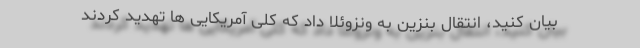
بیان کنید، انتقال بنزین به ونزوئلا داد که کلی آمریکایی ها تهدید کردند